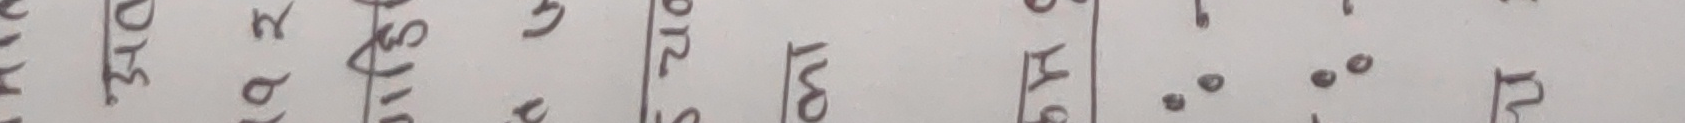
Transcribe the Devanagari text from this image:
घार